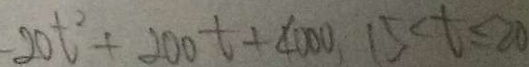
- 2 0 t ^ { 2 } + 2 0 0 t + 4 0 0 0 , 1 5 < t \leq 2 0